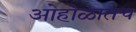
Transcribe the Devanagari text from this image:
ओहोळातच